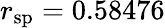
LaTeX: r_{\mathrm{sp}}=0.58476